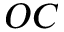
O C